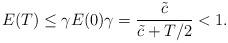
LaTeX: \begin{align*} E(T) \leq \gamma E(0) \gamma = \frac{\tilde{c}}{\tilde{c}+T/2} < 1.\end{align*}